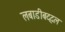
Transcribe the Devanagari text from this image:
लबाडीबद्दल